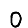
Digit: 0